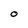
Character: O